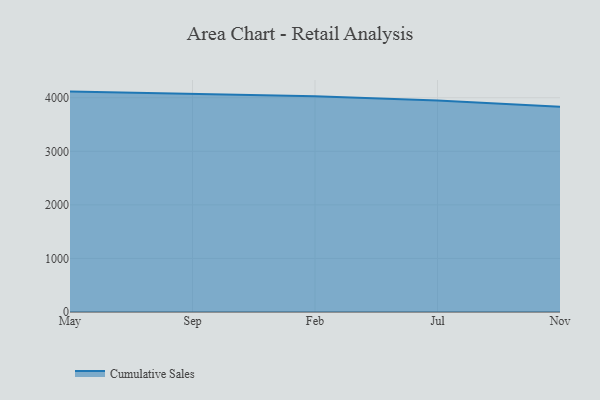
{"axis": {"x": "Month", "y": "Waste Production (Tons)"}, "legend": ["Cumulative Sales"], "data": [{"x": "May", "y": 4115.0, "type": "Cumulative Sales"}, {"x": "Sep", "y": 4071.1, "type": "Cumulative Sales"}, {"x": "Feb", "y": 4029.2, "type": "Cumulative Sales"}, {"x": "Jul", "y": 3947.1, "type": "Cumulative Sales"}, {"x": "Nov", "y": 3830.0, "type": "Cumulative Sales"}]}